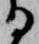
る